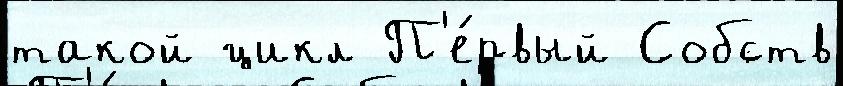
такой цикл П'е́рвый Собств